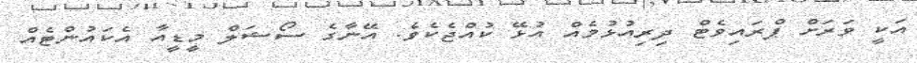
އަކީ ވަރަށް ޕްރައިވެޓް ދިރިއުޅުމެއް އުޅޭ ކުއްޖެކެވެ. އޭނާގެ ސޯޝަލް މީޑީއާ އެކައުންޓެއް